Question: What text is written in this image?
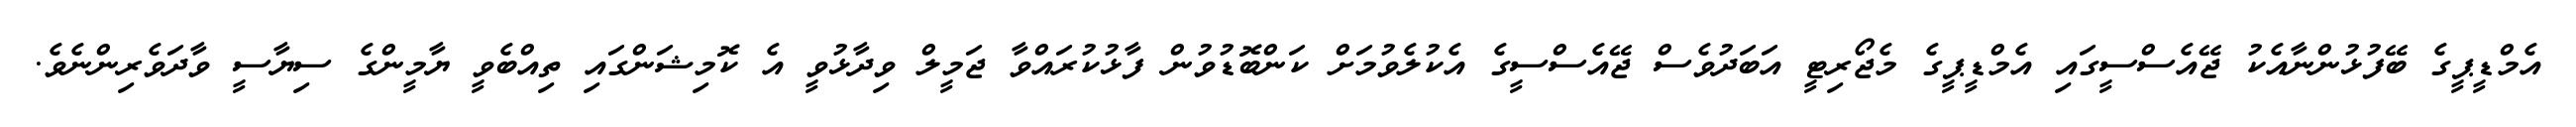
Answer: އެމްޑީޕީގެ ބޭފުޅުންނާއެކު ޖޭއެސްސީގައި އެމްޑީޕީގެ މެޖޯރިޓީ އަބަދުވެސް ޖޭއެސްސީގެ އެކުލެވުމަށް ކަންބޮޑުވުން ފާޅުކުރައްވާ ޖަމީލް ވިދާޅުވީ އެ ކޮމިޝަންގައި ތިއްބެވީ ޔާމީންގެ ސިޔާސީ ވާދަވެރިންނެވެ.